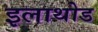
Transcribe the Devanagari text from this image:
इलाथोड